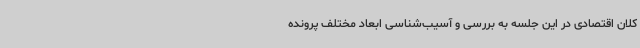
کلان اقتصادی در این جلسه به بررسی و آسیب‌شناسی ابعاد مختلف پرونده